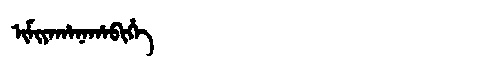
Manchu: ᡳᠮᡳᠶᠠᡥᠠᠨᠠᡥᠠᠪᡳᡥᡝ
Romanization: IMIYAHANAHABIHE